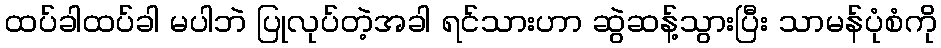
ထပ်ခါထပ်ခါ မပါဘဲ ပြုလုပ်တဲ့အခါ ရင်သားဟာ ဆွဲဆန့်သွားပြီး သာမန်ပုံစံကို